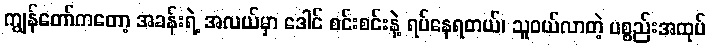
ကျွန်တော်ကတော့ အခန်းရဲ့ အလယ်မှာ ဒေါင် စင်းစင်းနဲ့ ရပ်နေရတယ်၊ သူဝယ်လာတဲ့ ပစ္စည်းအထုပ်